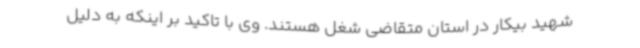
شهید بیکار در استان متقاضی شغل هستند. وی با تاکید بر اینکه به دلیل